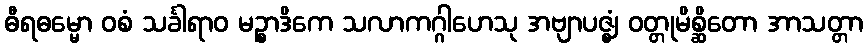
ဓီရဓမ္မော ဝစံ သင်္ခါရာဝ မဉ္စာဒိကေ သလာကဂ္ဂါဟေသု အဗျာပဇ္ဈံ ဝတ္တုမိစ္ဆိတော အာသတ္တာ